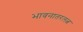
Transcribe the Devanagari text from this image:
भावनातरलत्व